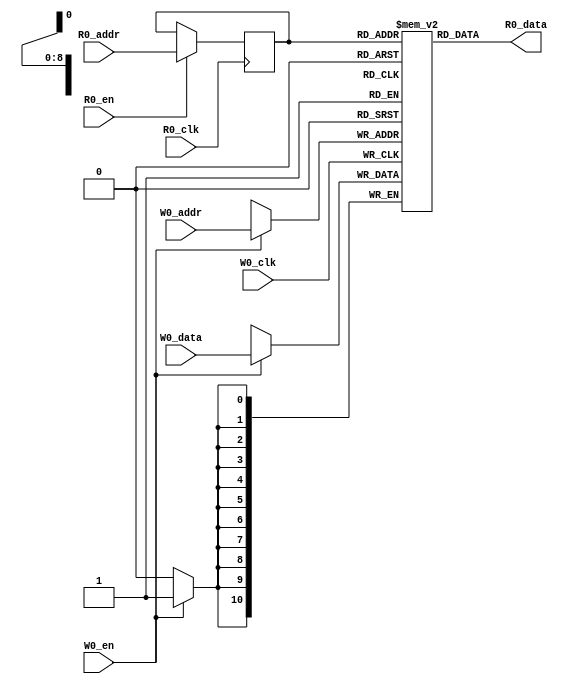
// name:array_7_ext depth:512 width:11 masked:false maskGran:11 maskSeg:1
module array_7_ext(
  input R0_clk,
  input [8:0] R0_addr,
  input R0_en,
  output [10:0] R0_data,
  input W0_clk,
  input [8:0] W0_addr,
  input W0_en,
  input [10:0] W0_data
);


  reg reg_R0_ren;
  reg [8:0] reg_R0_addr;
  reg [10:0] ram [511:0];
  `ifdef RANDOMIZE_MEM_INIT
    integer initvar;
    initial begin
      #`RANDOMIZE_DELAY begin end
      for (initvar = 0; initvar < 512; initvar = initvar+1)
        ram[initvar] = {1 {$random}};
      reg_R0_addr = {1 {$random}};
    end
  `endif
  always @(posedge R0_clk)
    reg_R0_ren <= R0_en;
  always @(posedge R0_clk)
    if (R0_en) reg_R0_addr <= R0_addr;
  always @(posedge W0_clk)
    if (W0_en) begin
      ram[W0_addr][10:0] <= W0_data[10:0];
    end
  `ifdef RANDOMIZE_GARBAGE_ASSIGN
  reg [31:0] R0_random;
  `ifdef RANDOMIZE_MEM_INIT
    initial begin
      #`RANDOMIZE_DELAY begin end
      R0_random = {$random};
      reg_R0_ren = R0_random[0];
    end
  `endif
  always @(posedge R0_clk) R0_random <= {$random};
  assign R0_data = reg_R0_ren ? ram[reg_R0_addr] : R0_random[10:0];
  `else
  assign R0_data = ram[reg_R0_addr];
  `endif

endmodule